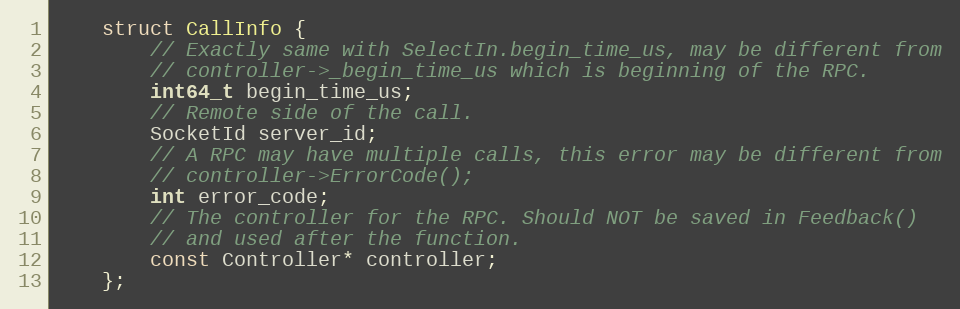
Language: C
    struct CallInfo {
        // Exactly same with SelectIn.begin_time_us, may be different from
        // controller->_begin_time_us which is beginning of the RPC.
        int64_t begin_time_us;
        // Remote side of the call.
        SocketId server_id;
        // A RPC may have multiple calls, this error may be different from
        // controller->ErrorCode();
        int error_code;
        // The controller for the RPC. Should NOT be saved in Feedback()
        // and used after the function.
        const Controller* controller;
    };